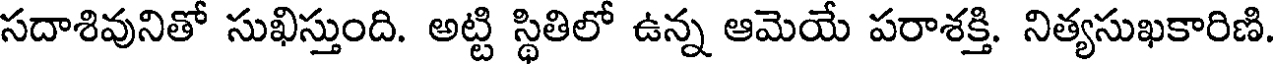
సదాశివునితో సుఖిస్తుంది. అట్టి స్థితిలో ఉన్న ఆమెయే పరాశక్తి. నిత్యసుఖకారిణి